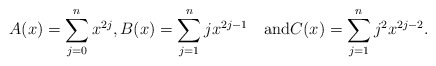
\begin{align*}A(x)=\sum_{j=0}^n x^{2j},B(x)=\sum_{j=1}^n j x^{2j-1}\quad\mbox{and}C(x)=\sum_{j=1}^n j^2 x^{2j-2}.\end{align*}